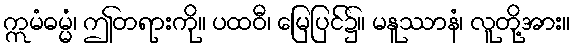
ဣမံဓမ္မံ၊ ဤတရားကို။ ပထဝီ၊ မြေပြင်၌။ မနူဿာနံ၊ လူတို့အား။